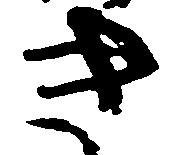
き